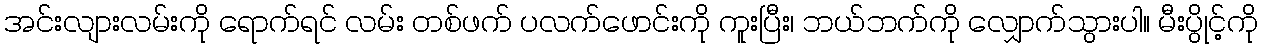
အင်းလျားလမ်းကို ရောက်ရင် လမ်း တစ်ဖက် ပလက်ဖောင်းကို ကူးပြီး၊ ဘယ်ဘက်ကို လျှောက်သွားပါ။ မီးပွိုင့်ကို